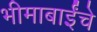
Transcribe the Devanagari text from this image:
भीमाबाईंचे